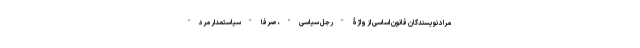
مراد نویسندگان قانون اساسی از واژۀ "رجل سیاسی"، صرفا "سیاستمدار مرد"